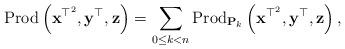
LaTeX: \begin{align*}\mbox{Prod}\left(\mathbf{x}^{\top^{2}},\mathbf{y}^{\top},\mathbf{z}\right)=\sum_{0\le k<n}\mbox{Prod}_{\mathbf{P}_{k}}\left(\mathbf{x}^{\top^{2}},\mathbf{y}^{\top},\mathbf{z}\right),\end{align*}